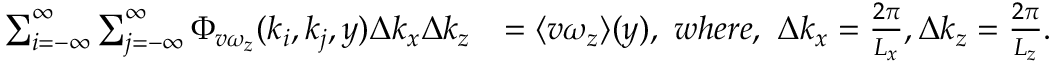
\begin{array} { r l } { \sum _ { i = - \infty } ^ { \infty } \sum _ { j = - \infty } ^ { \infty } \Phi _ { v \omega _ { z } } ( k _ { i } , k _ { j } , y ) \Delta k _ { x } \Delta k _ { z } } & { = \langle v \omega _ { z } \rangle ( y ) , \ w h e r e , \ \Delta k _ { x } = \frac { 2 \pi } { L _ { x } } , \Delta k _ { z } = \frac { 2 \pi } { L _ { z } } . } \end{array}